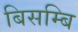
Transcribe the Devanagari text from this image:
बिसम्बि